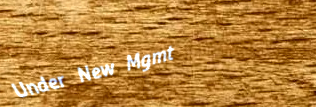
Under New Mgmt